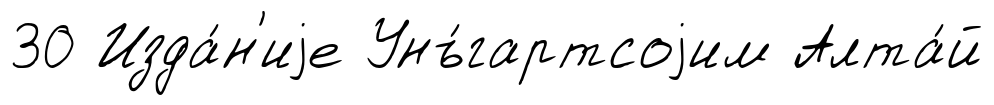
30 Изда́н'иjе Унъ́гартсоjим Алта́й